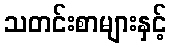
သတင်းစာများနှင့်